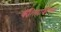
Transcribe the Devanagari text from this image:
कॅलिग्राफीच्या